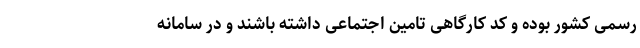
رسمی کشور بوده و کد کارگاهی تامین اجتماعی داشته باشند و در سامانه